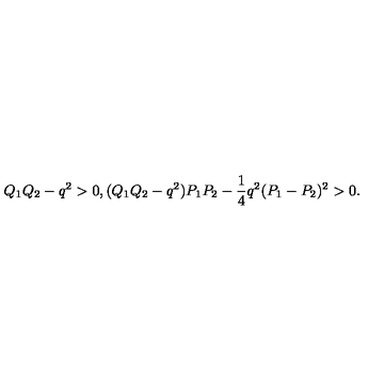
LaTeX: Q _ { 1 } Q _ { 2 } - q ^ { 2 } > 0 , ( Q _ { 1 } Q _ { 2 } - q ^ { 2 } ) P _ { 1 } P _ { 2 } - { \frac { 1 } { 4 } } q ^ { 2 } ( P _ { 1 } - P _ { 2 } ) ^ { 2 } > 0 .